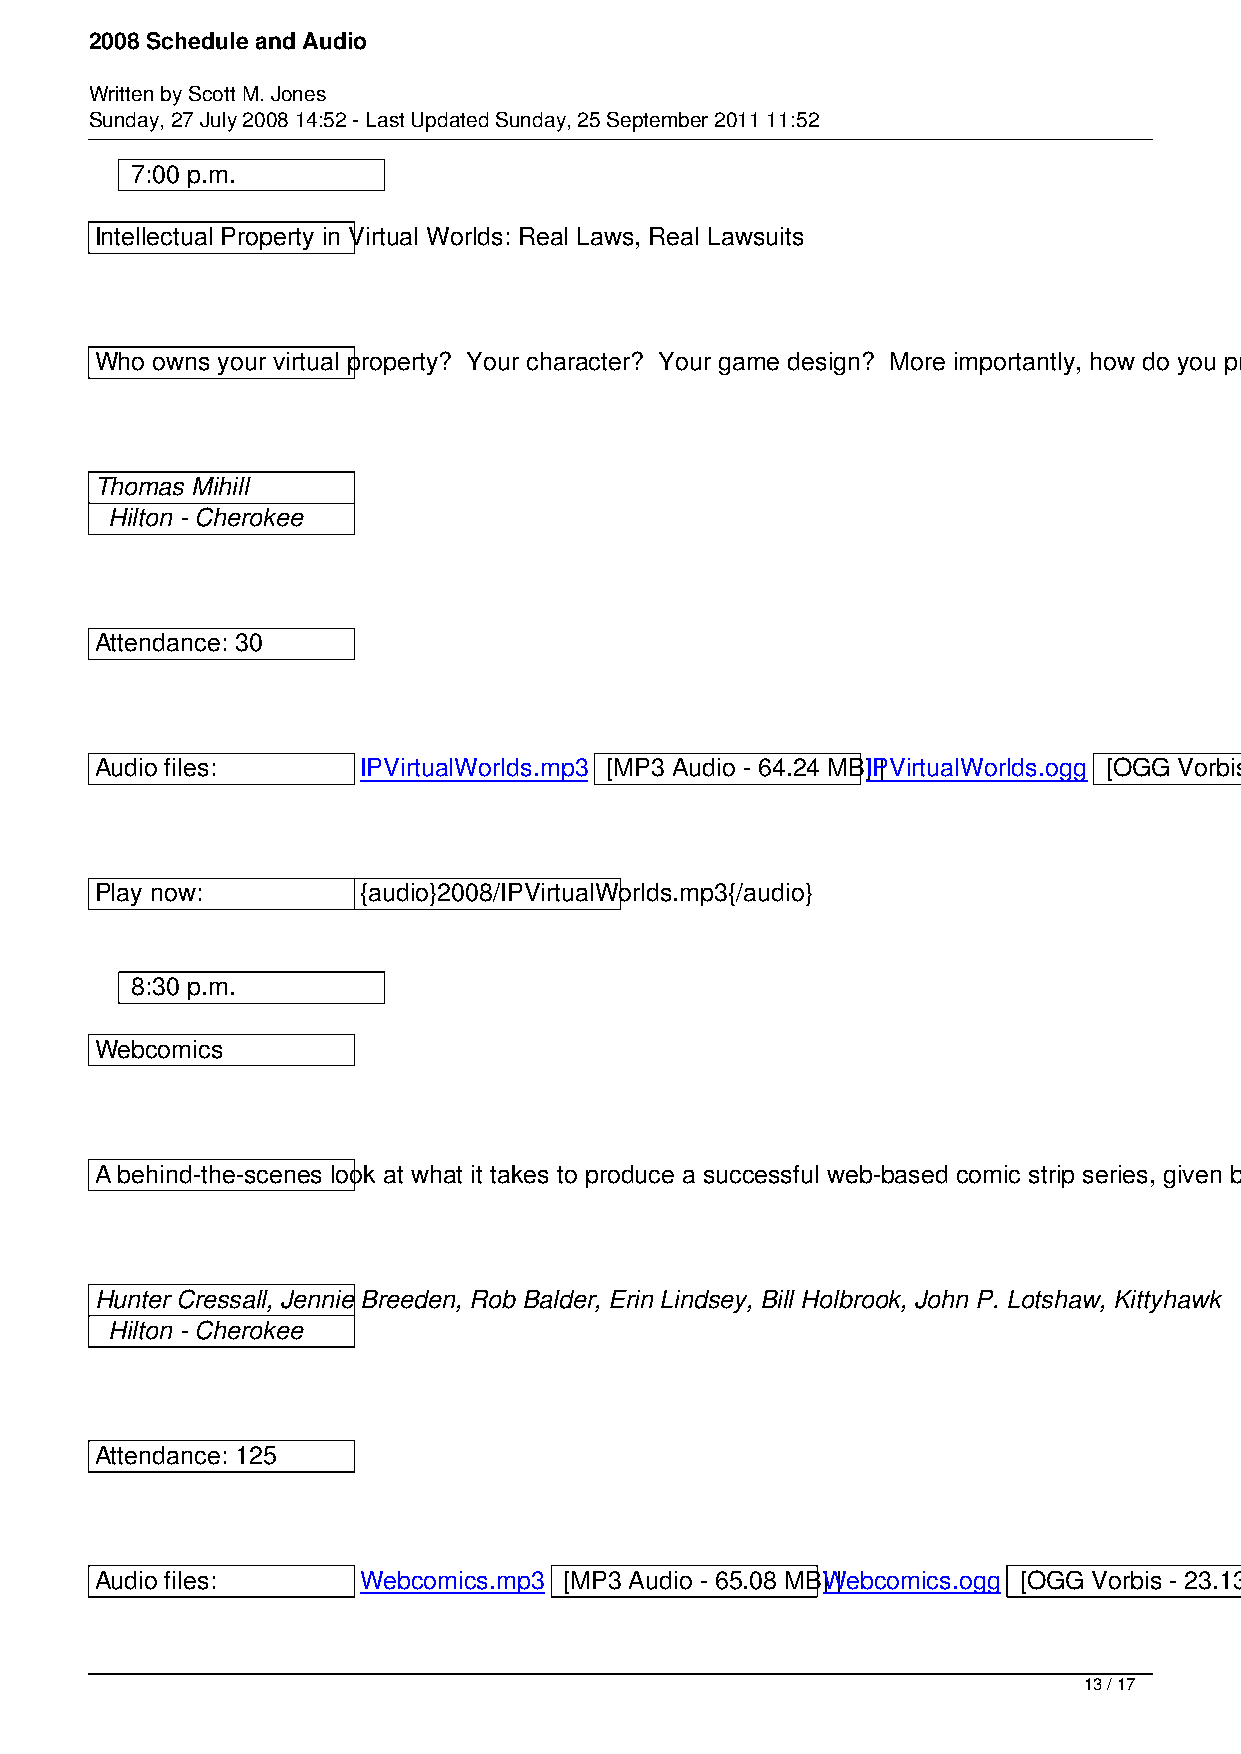
2008 Schedule and Audio
 Written by Scott M. Jones
 Sunday, 27 July 2008 14:52 - Last Updated Sunday, 25 September 2011 11:52
 7:00 p.m.
 Intellectual Property in Virtual Worlds: Real Laws, Real Lawsuits
 Who owns your virtual property? Your character? Your game design? More importantly, how do you protect it? Topics will include recent legal analysis of virtual worlds and a look at recent lawsuits relating to intellectual property in virtual worlds.
 Thomas Mihill
 Hilton - Cherokee
 Attendance: 30
 Audio files:      IPVirtualWorlds.mp3 [MP3 Audio - 64.24 MB]I P| VirtualWorlds.ogg [OGG Vorbis - 22.45 MB]
 Play now:         {audio}2008/IPVirtualWorlds.mp3{/audio}
 8:30 p.m.
 Webcomics
 A behind-the-scenes look at what it takes to produce a successful web-based comic strip series, given by established artists and authors.
 Hunter Cressall, Jennie Breeden, Rob Balder, Erin Lindsey, Bill Holbrook, John P. Lotshaw, Kittyhawk
 Hilton - Cherokee
 Attendance: 125
 Audio files:      Webcomics.mp3 [MP3 Audio - 65.08 MB]W | ebcomics.ogg [OGG Vorbis - 23.13 MB]
 13 / 17